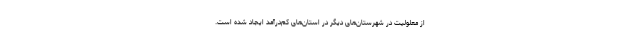
از معلولیت‌ در شهرستان‌های دیگر در استان‌های کم‌درآمد ایجاد شده است.